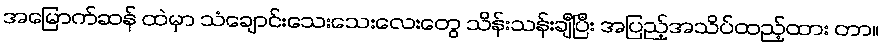
အမြောက်ဆန် ထဲမှာ သံချောင်းသေးသေးလေးတွေ သိန်းသန်းချီပြီး အပြည့်အသိပ်ထည့်ထား တာ။